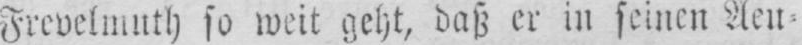
Frevelmuth so weit geht, daß er in seinen Aeu⸗